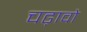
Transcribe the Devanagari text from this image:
चढ़ावो